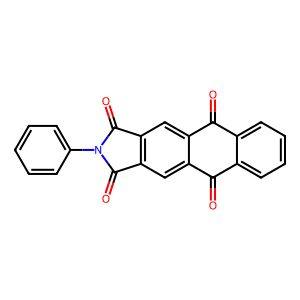
SMILES: O=c1c2ccccc2c(=O)c2cc3c(=O)n(-c4ccccc4)c(=O)c3cc12
Inhibits HIV replication: No